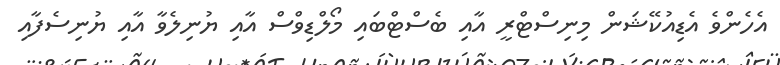
އެހެންވެ އެޑިއުކޭޝަން މިނިސްޓްރީ އާއި ބެސްޓްބައި މޯލްޑިވްސް އާއި ޔުނިލެވާ އާއި ޔުނިސެފާއި